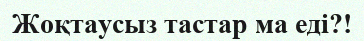
Жоқтаусыз тастар ма еді?!